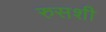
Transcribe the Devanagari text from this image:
रुसशी